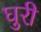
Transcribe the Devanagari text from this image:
घुरी